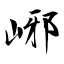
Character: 峫